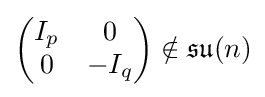
{\begin{pmatrix}I_{p}&0\\0&-I_{q}\end{pmatrix}}\notin {\mathfrak {su}}(n)